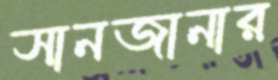
সানজানার